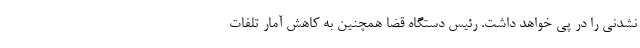
نشدنی را در پی خواهد داشت. رئیس دستگاه قضا همچنین به کاهش آمار تلفات